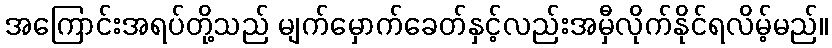
အကြောင်းအရပ်တို့သည် မျက်မှောက်ခေတ်နှင့်လည်းအမှီလိုက်နိုင်ရလိမ့်မည်။